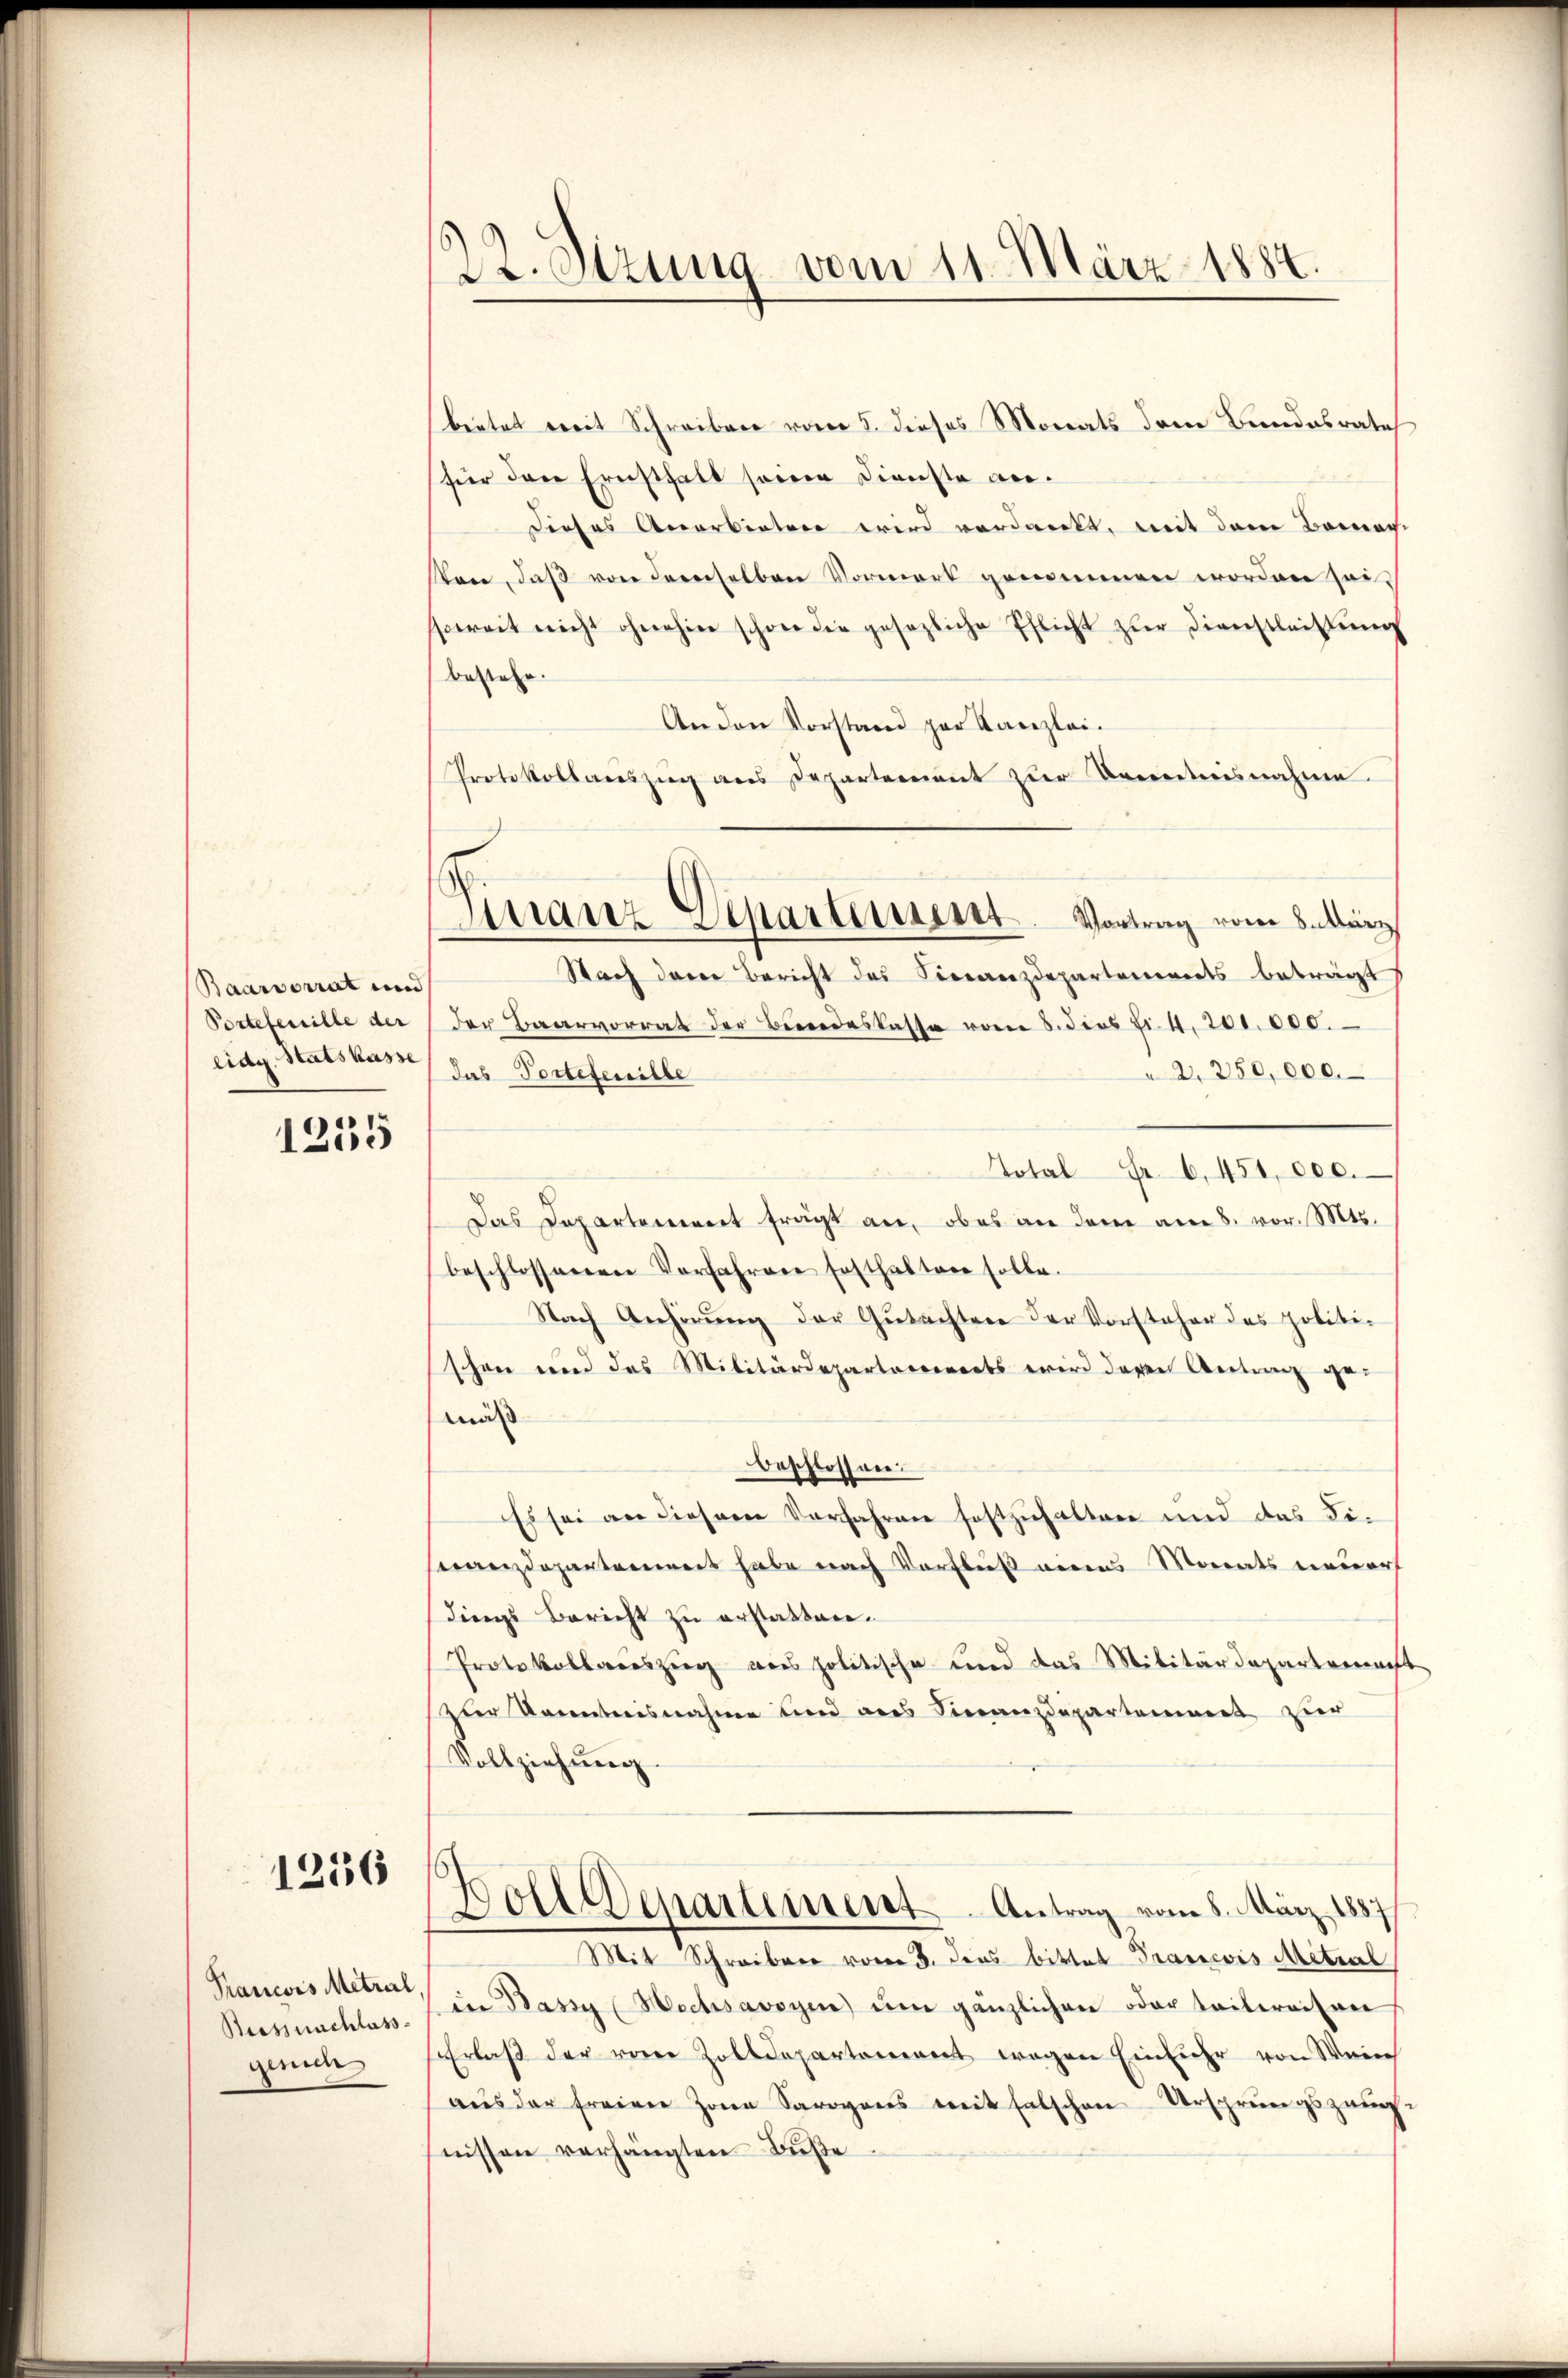
Baarvorrat und
Portefensille der
eidg. Statskasse

1255

1236

Beszuschlass
gerich

22. Stzung vom 11. März 1887.

bietet weit Schreiben vom 5. dieses Monats dem Bundesrate
hier der Ernsthalt seinen Dienste an.
Dieses Anerbietere wird verdanckt, mit dem Banac
sten, daß von denselben Vormerk genommen worden seissoweit nicht ohnehin schon die gesezliche Pflicht zŭr dienstleitŭng
bestehe.
An den Vorstand zur Kanzlei¬
Protokollauszug aus Departement zur Kenntnisnahme
Nach deren Bericht des Finanzdepartennerts beträgt
der Baarvorrat der Bundeskasse vom 8. dies fr. 4. 201000.
2, 250,000.
das Portetenille
Total Fr. 6. 451,000.
Das Departement fragt an, ob es an dem am 8. vor. Mts.
beschlossenen Vorfahren festhalten solle.
Nach Anhörung der Gutachten der Vorsteher des politi-
schon und das Militärdepartarienorts wird deren Antrag ge-
mäß
beschlossen.
Es sei an diesem Vorfahren festzuhalten und das Fi-
Franzdepartamiert habe nach Verfluß eines Monats neuer
dings Bericht zu erstatten.
Protokollauszug aus politische und das Militärdepartena
Zur Kenntnisnahme und des Finanzdepartement zur
Vollziehung.
Boll Departiment. Antrag vom 8. März 1887
Mit Schreiber vom 3. dies bittet Francois Meterl
Kancors Metze, in Bassy Hochsavoyen um gänzlichen oder teilweisen
Erlaβ der von Zolldepartement wegen Einfuhr von Wein
aŭs der freien Zone Savoyens mit falschen Ursprungszeug
nissen verhängten Buße

Finanz-Departement. Vortrag vom 8. März